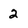
Character: 2